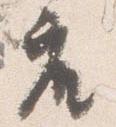
座